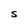
Character: S